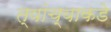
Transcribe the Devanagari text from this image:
त्यांंच्याकडे